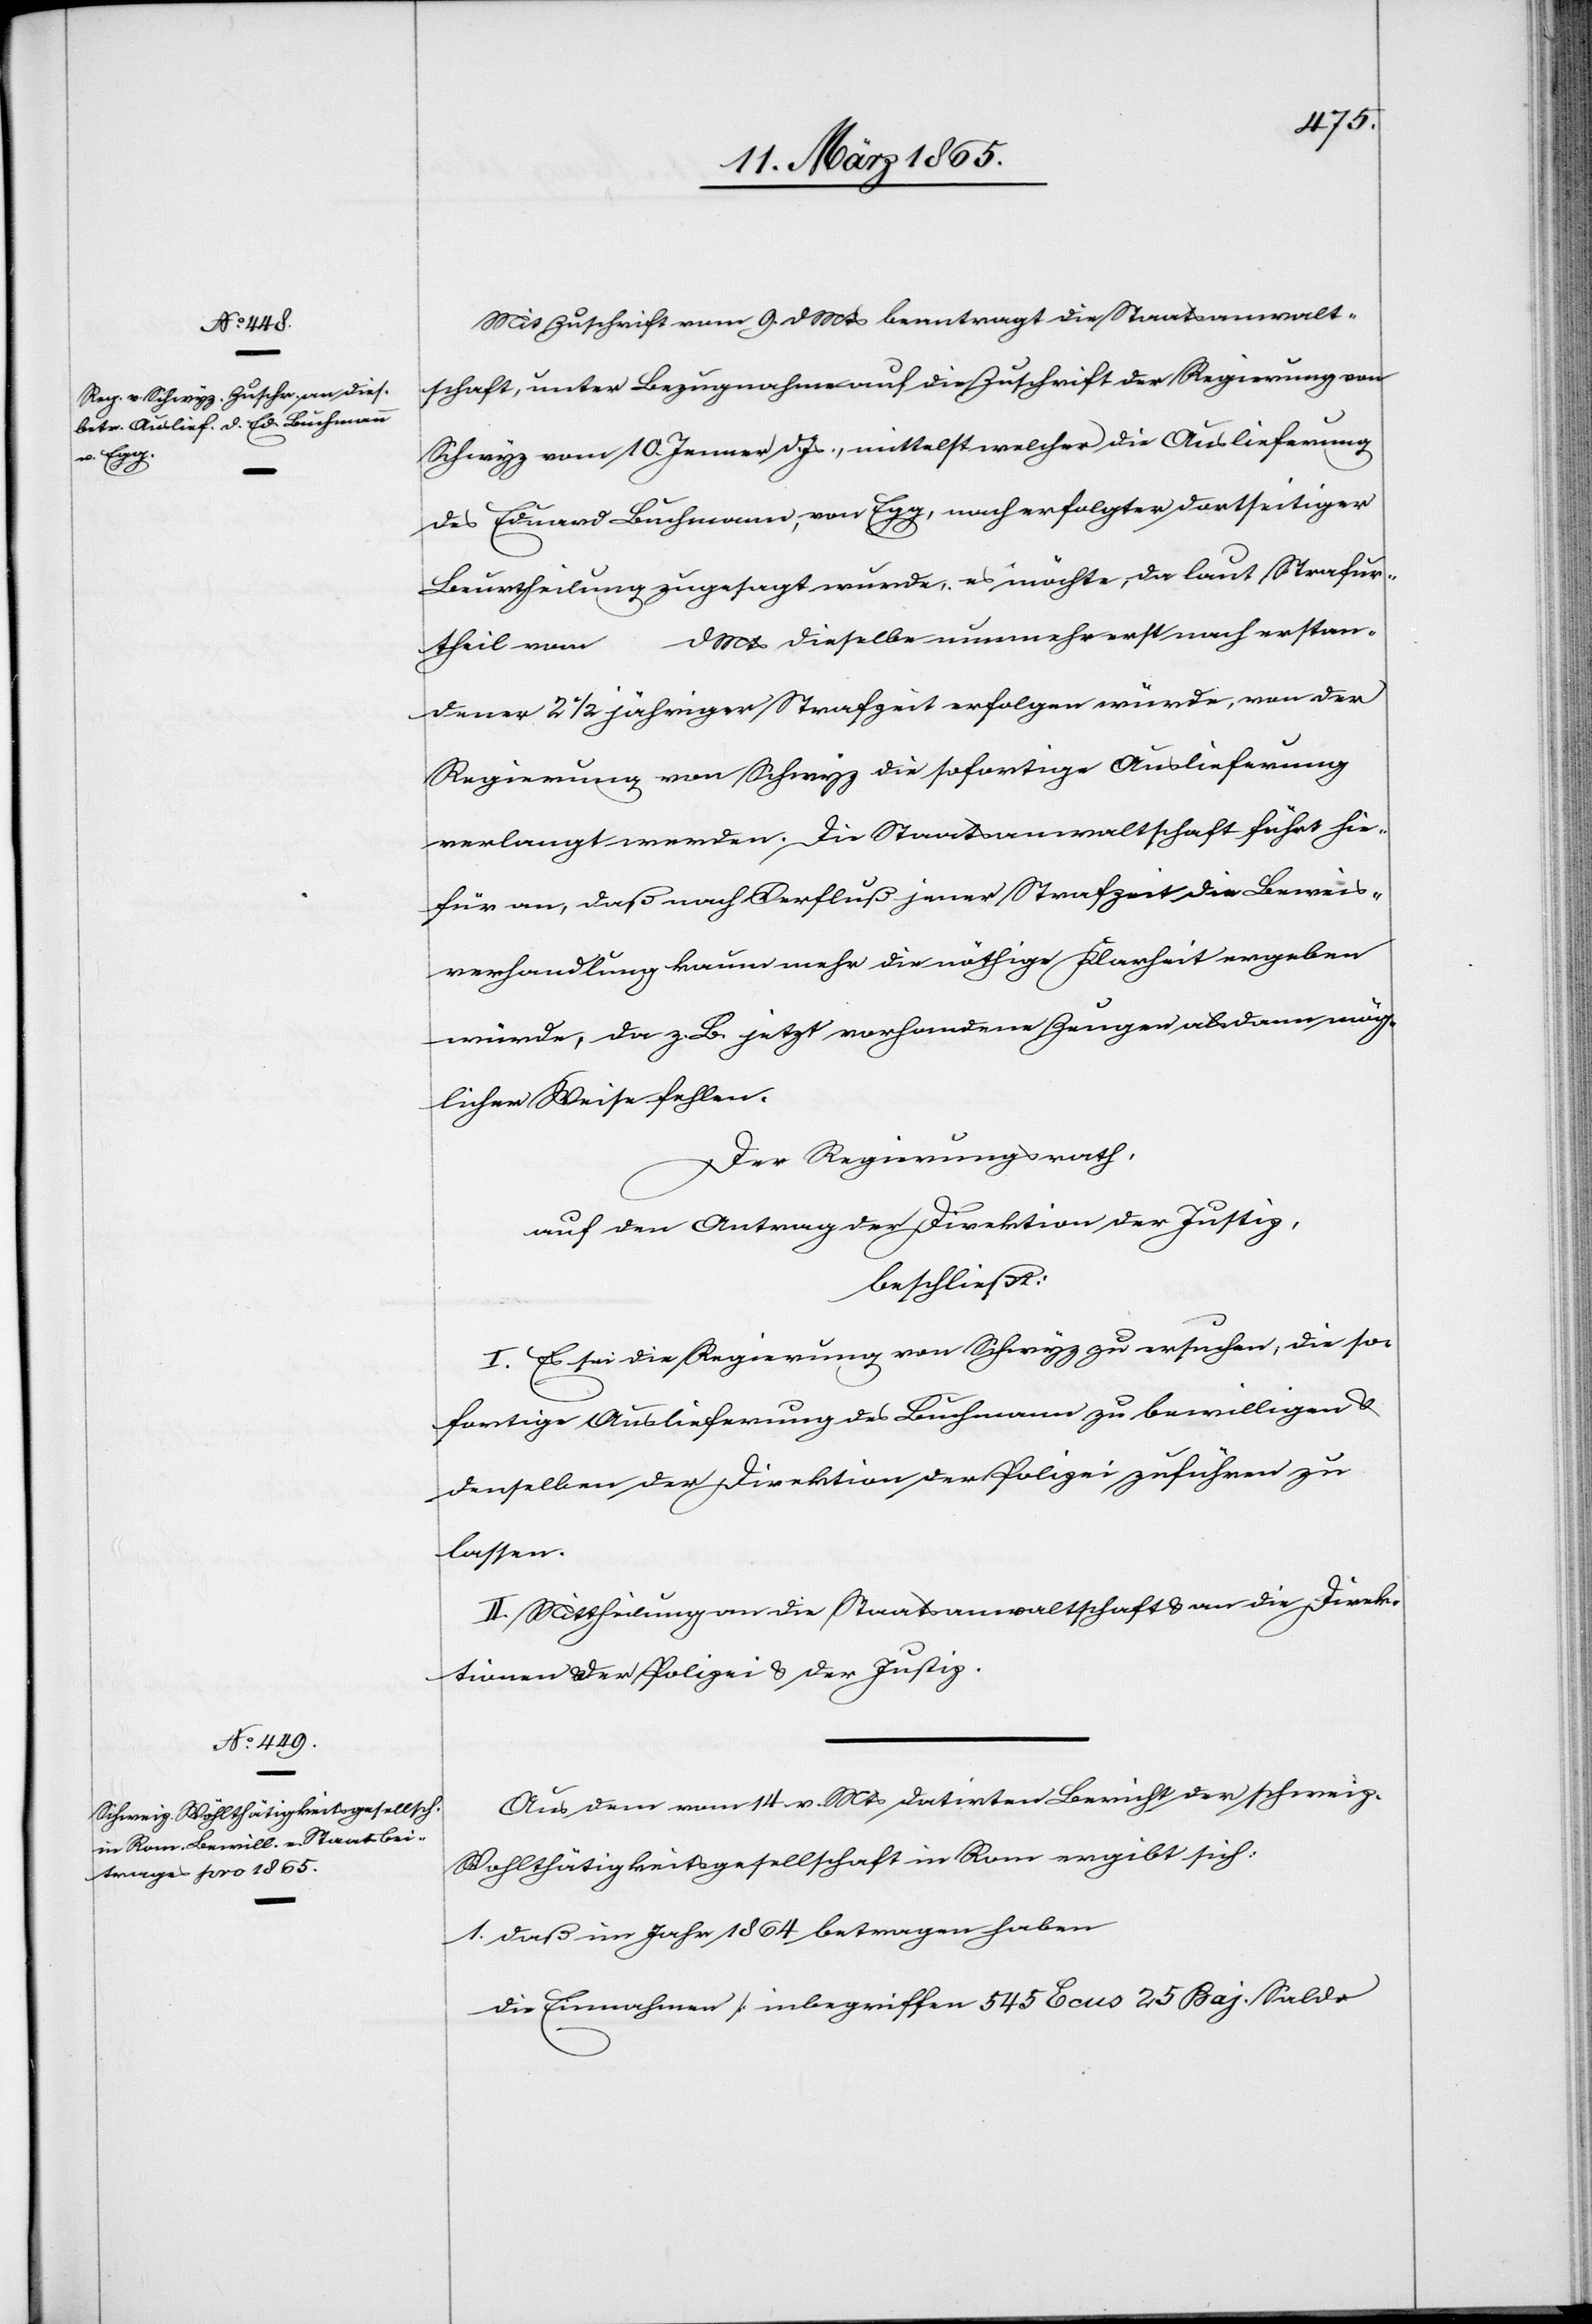
Mit Zuschrift vom 9. d Mts beantragt die Staatsanwalt¬
schaft, unter Bezugnahme auf die Zuschrift der Regierung von
Schwyz vom 10. Jenner d. Js., mittelst welcher die Auslieferung
des Eduard Buchmann, von Egg, nach erfolgter dortseitiger
Beurtheilung zugesagt wurde, es möchte, da laut Strafur¬
theil vom … d Mts dieselbe nunmehr erst nach erstan¬
dener 2 ½ jähriger Strafzeit erfolgen würde, von der
Regierung von Schwyz die sofortige Auslieferung
verlangt werden. Die Staatsanwaltschaft führt hie¬
für an, daß nach Verfluß jener Strafzeit die Beweis¬
verhandlung kaum mehr die nöthige Klarheit ergeben
würde, da z. B. jetzt vorhandene Zeugen als dann mög¬
licher Weise fehlen.
Der Regierungsrath,
auf den Antrag der Direktion der Justiz,
beschließt:
I. Es sei die Regierung von Schwyz zu ersuchen, die so¬
fortige Auslieferung des Buchmann zu bewilligen u.
denselben der Direktion der Polizei zuführen zu
lassen.
II. Mittheilung an die Staatsanwaltschaft u. an die Direk¬
tionen der Polizei u. der Justiz.
Aus dem vom 14 v. Mts datirten Bericht der schweiz.
Wohlthätigkeitsgesellshaft in Rom ergibt sich:
1. daß im Jahr 1864 betragen haben
die Einnahmen [inbegriffen 545 Ecus 25 Baj. Saldo